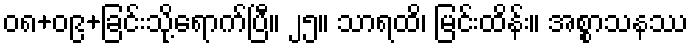
၀၈+၀၉+ခြင်းသို့ရောက်ပြီ။ ၂၅။ သာရထိ၊ မြင်းထိန်း။ အစ္စာသနဿ